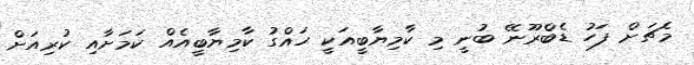
މެޗަށް ފަހު ޑެބްރޫނޭ ބުނީ މި ކާމިޔާބީއަކީ ހައްގު ކާމިޔާބީއެއް ކަމަށާއި ކުރިއަށް